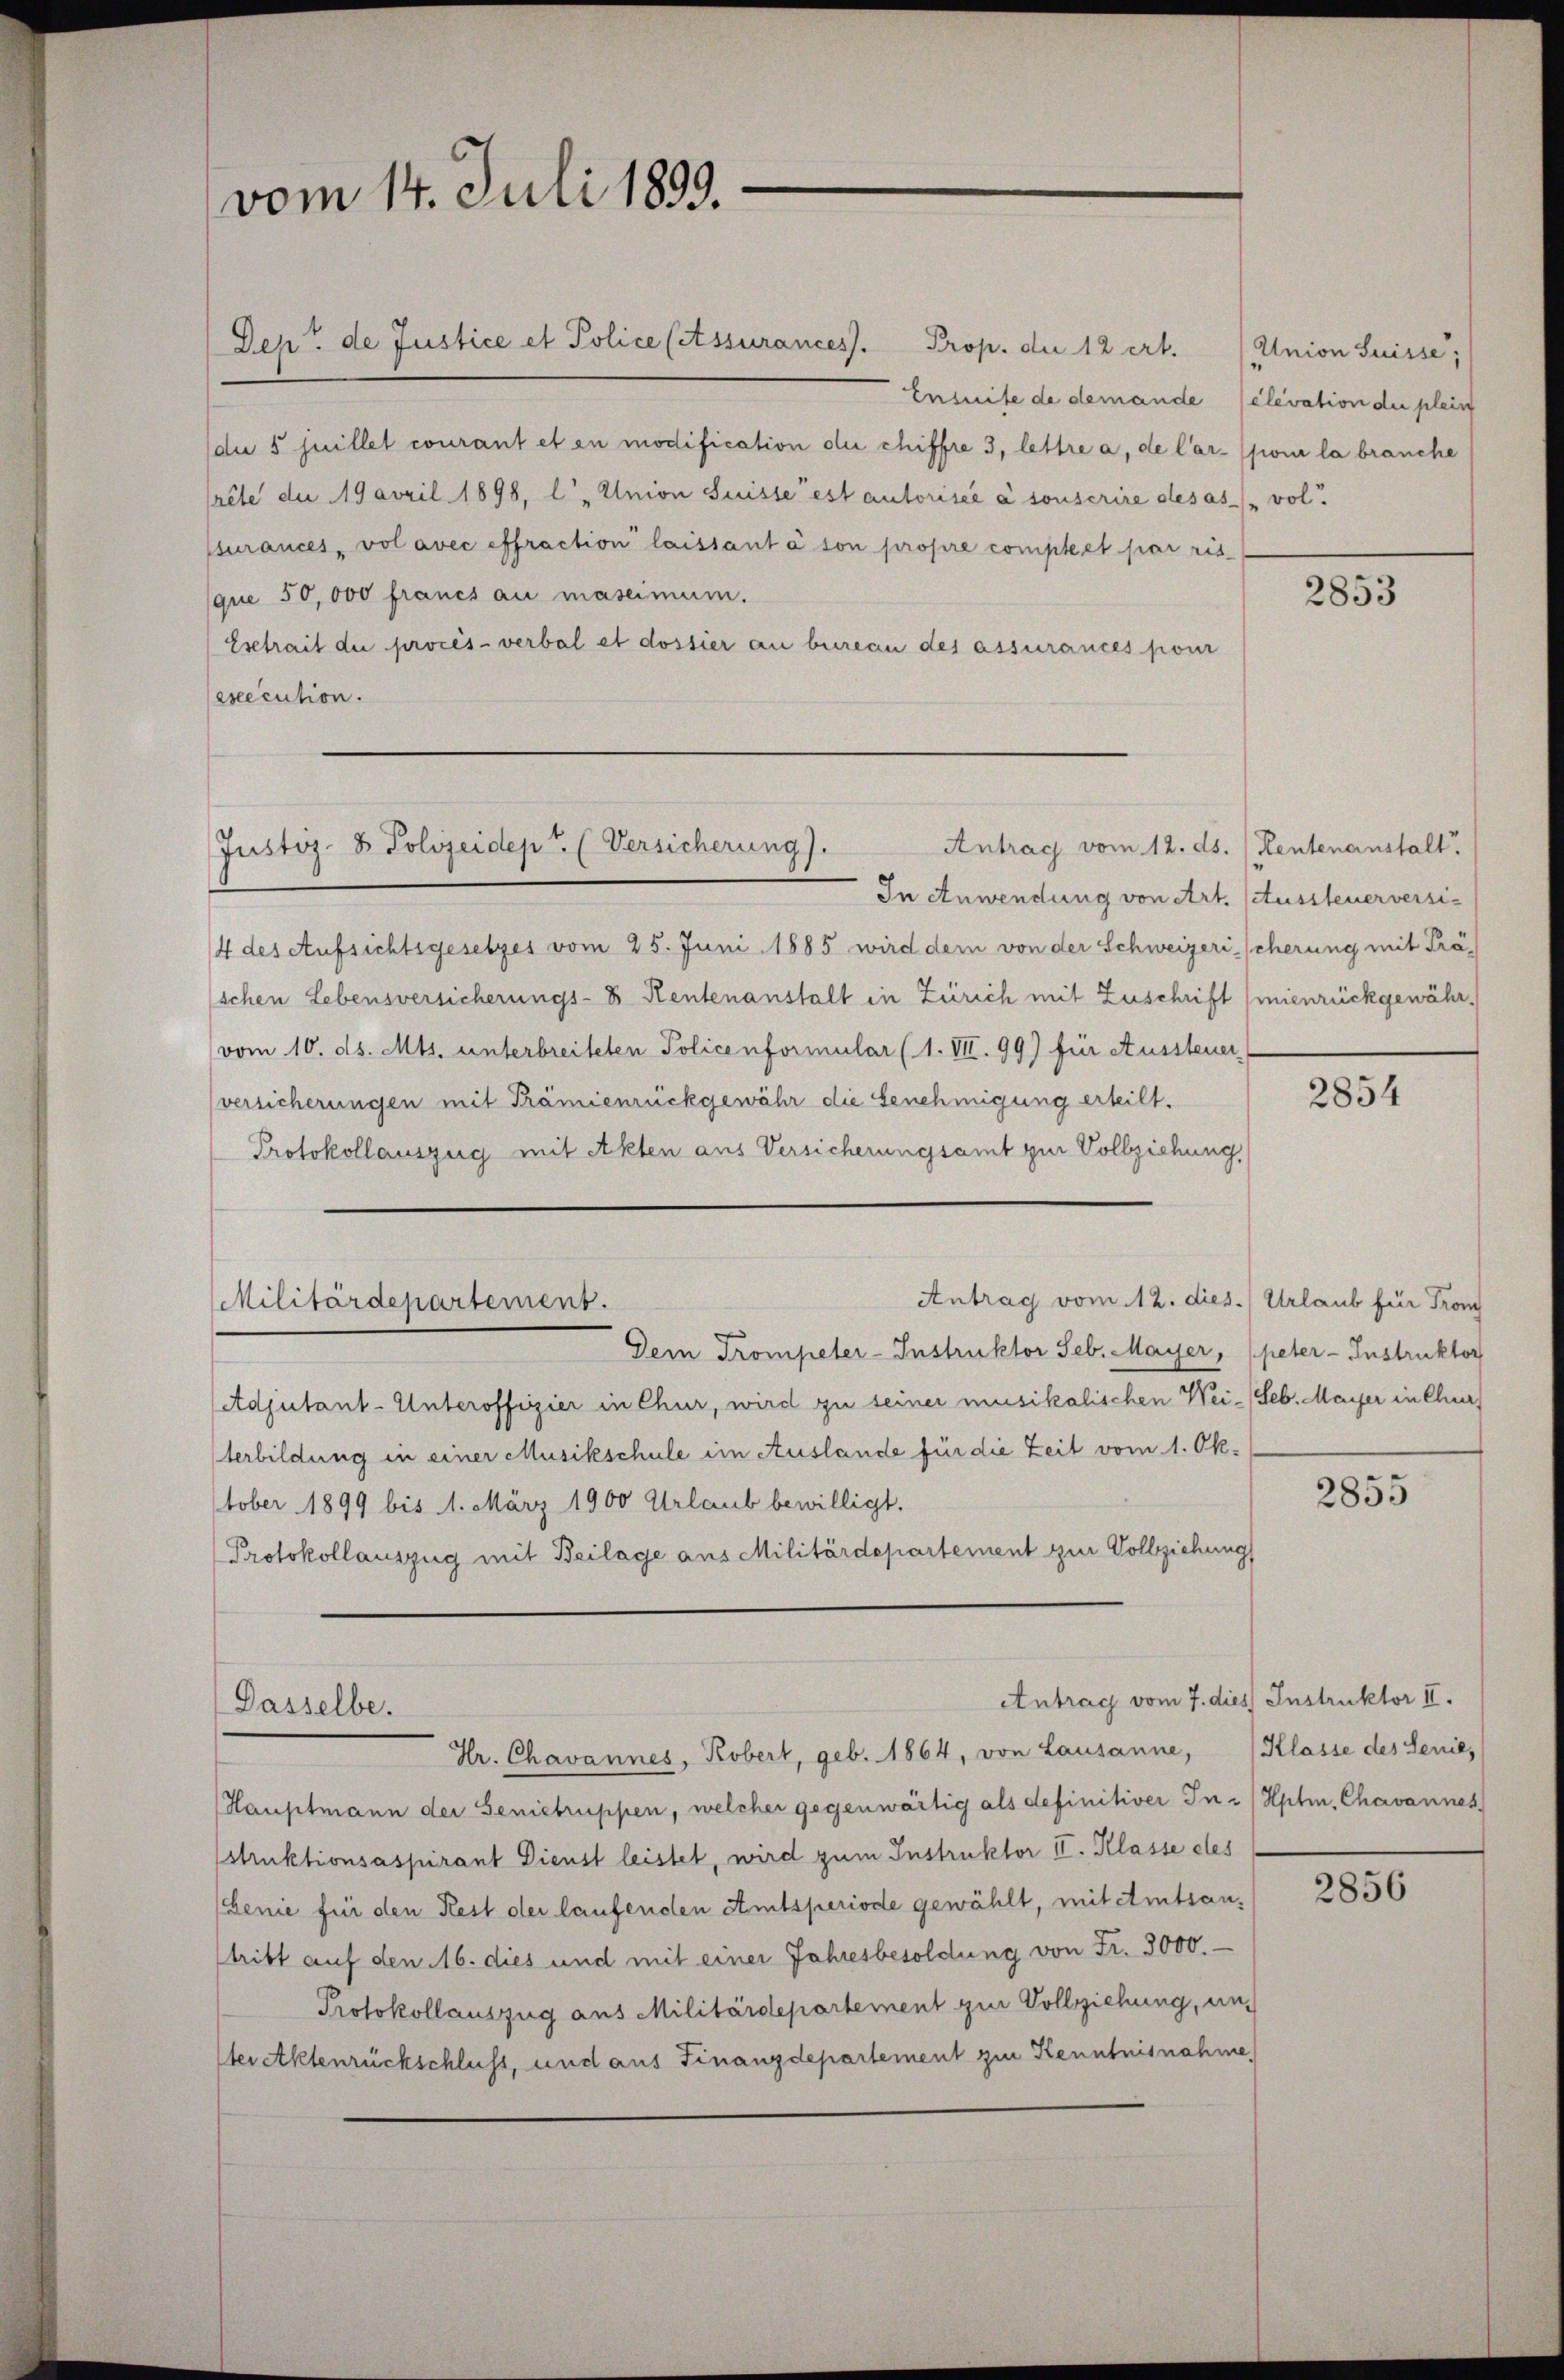
vom 14. Juli 1899.

Dept de Justice et Police (Assurances. Prop. die 12 ert. (Anion Suisse;
Ensuite de demande (elevation die plein
die 5 Juillet courant et en modification der chiffre 3, lettre a, de Car- (pour la brauche
rite du 19 avril 1898, l, Union Suisse est autorisée à sonscrire des as-vol.
ssurances, vol avec effraction laissant à son propre complet par ris-
que 50,000 francs au massimum.
Esetrait die procès-verbal et dossier an bureau des assurances pour
execution.
In Anwendung von Art. Aussteuerversi¬
4 des Aufsichtsgesetzes vom 25. Juni 1885 wird dem von der Schweizerischerung mit Präschen Lebensversicherungs- & Rentenanstalt in Zürich mit Zuschrift (mienrückgewähr-
vom 10. ds. Mts. unterbreiteten Policenformular (1. VII. 99) für Aussteuer
versicherungen mit Prämienrückgewähr die Genehmigung erheilt.
Protokollauszug mit Akten aus Versicherungsamt zur Vollziehung,
Antrag vom 12. dies.) Urlaub für Fron
Militärdepartement.
Dem Trompeter-Instruktor Seb. Mayer, (peter Instruktor
Adjutant- Unteroffizier in Chur, wird zu seiner musikalischen Wei-Seb. Mayer in Chur
Verbildung in einer Musikschule im Auslande für die Zeit vom 1. Okstober 1899 bis 1. März 1900 Urlaub bewilligt.
Protokollauszug mit Beilage aus Militärdepartement zur Vollziehung

Justiz- & Polizeidept. (Versicherung).

Dasselbe.

Antrag vom 12. ds. Heutenanstalt

Antrag vom 7. dies Instruktor II.

Hr. Chavannes, Kobert, geb. 1864, von Lausanne, Klasse des Senies

Hauptmann der Genietruppen, welcher gegenwärtig als definitiver In- / Hptm. Chavannes
Mtruktionsaspirant Dienst leistet, wird zum Instruktor II. Klasse des
Genie für den Rest der laufenden Amtsperiode gewählt, mit Amtsantritt auf den 16. dies und mit einer Jahresbesoldung von Fr. 3000.-
Protokollauszug aus Militärdepartement zur Vollziehung, un
Iter Aktenrückschluss, und aus Finanzdepartement zur Kenntnisnahme,

2853

2854

2855

2856